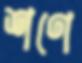
শণে